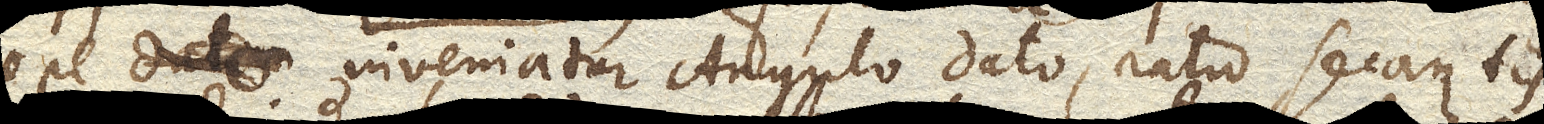
ope inveniatur Angulo dato, ratio secantis